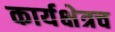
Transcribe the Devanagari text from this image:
कार्यक्षेत्रच